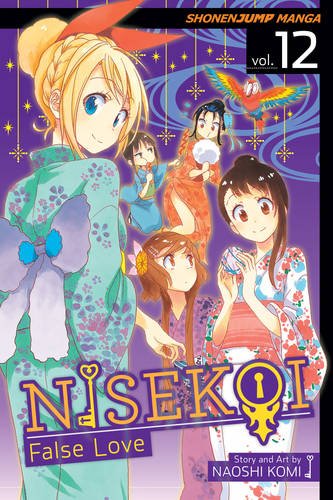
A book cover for Nisekoi: False Love, Vol. 12; Naoshi Komi; Comics & Graphic Novels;